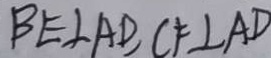
B E \bot A D , C F \bot A D